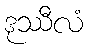
ဒုဿီလံ